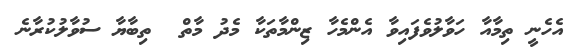
އެހެނީ ތިމާއާ ހަވާލުވެފައިވާ އެންމެހާ ޒިންމާތަކާ މެދު މާތް  ތިބާޔާ ސުވާލުކުރާނެ